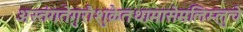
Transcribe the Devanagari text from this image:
अस्तंगतेगुरौशुक्रेतथामासेमलिम्लुचे